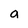
Character: a